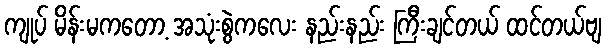
ကျုပ် မိန်းမကတော့ အသုံးစွဲကလေး နည်းနည်း ကြီးချင်တယ် ထင်တယ်ဗျ